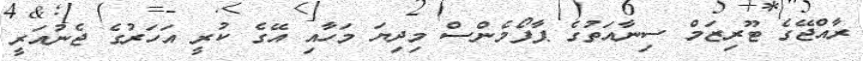
ރާއްޖޭގެ ޓޫރިޒަމް ސިނާއަތުގެ ޕާފޯމެންސް މިދިޔަ މަހާއި އޭގެ ކުރީ އަހަރުގެ ޖެނުއަރީ